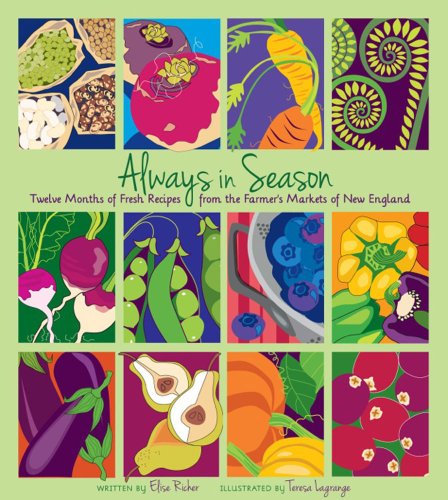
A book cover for Always in Season: Twelve Months of Fresh Recipes from the Farmer's Markets of New England; Elise Richer; Cookbooks, Food & Wine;